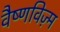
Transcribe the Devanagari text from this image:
वैष्णविज़्म